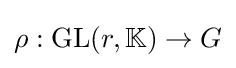
\rho :\mathrm {GL} (r,\mathbb {K} )\to G